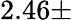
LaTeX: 2.46\pm